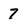
Character: 7